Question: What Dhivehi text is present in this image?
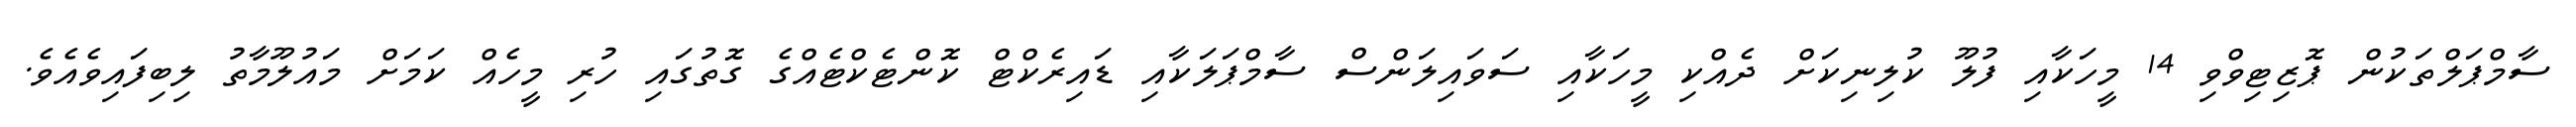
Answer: ސާމްޕަލްތަކުން ޕޮޒިޓިވްވި 14 މީހަކާއި ފުލޫ ކުލިނިކަށް ދެއްކި މީހަކާއި ސަވައިލަންސް ސާމްޕަލަކާއި ޑައިރެކްޓް ކޮންޓެކްޓެއްގެ ގޮތުގައި ހުރި މީހެއް ކަމަށް މައުލޫމާތު ލިބިފައިވެއެވެ.